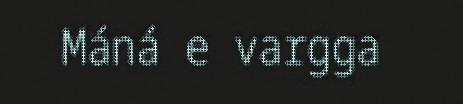
Máná e vargga